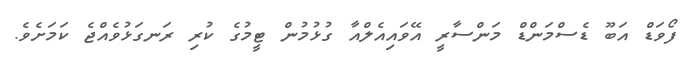
ފޯވަޑް އަބޫ ޑެސްމަންޑް މަންސާރީ އޭވައިއެލްއާ ގުޅުމުން ޓީމުގެ ކުރި ރަނގަޅުވެއްޖެ ކަމަށެވެ.